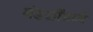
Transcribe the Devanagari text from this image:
मंडळींमध्यें